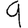
Digit: 9